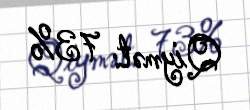
Qiymət: 73%